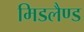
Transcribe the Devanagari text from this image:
मिडलैण्ड